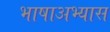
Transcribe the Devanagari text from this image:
भाषाअभ्यास